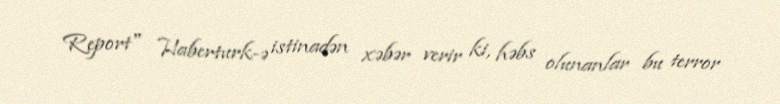
Report" Haberturk-ə istinadən xəbər verir ki, həbs olunanlar bu terror